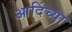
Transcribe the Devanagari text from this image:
आदिंच्या